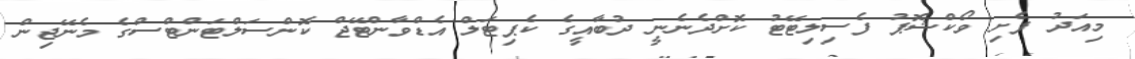
މިއަދު ފެށި ވޯކްޝޮޕު ފެސިލިޓޭޓު ކޮށްދެނެނީ ދުބާއީގެ ކެޕިޓަލް އެޑްވާންޓޭޖް ކޮންސަލްޓަންޓްސްގެ މެނޭޖިން